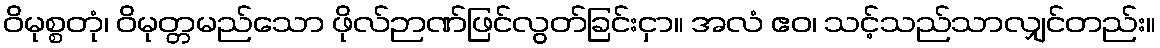
ဝိမုစ္စတုံ၊ ဝိမုတ္တမည်သော ဖိုလ်ဉာဏ်ဖြင်လွတ်ခြင်းငှာ။ အလံ ဧဝ၊ သင့်သည်သာလျှင်တည်း။